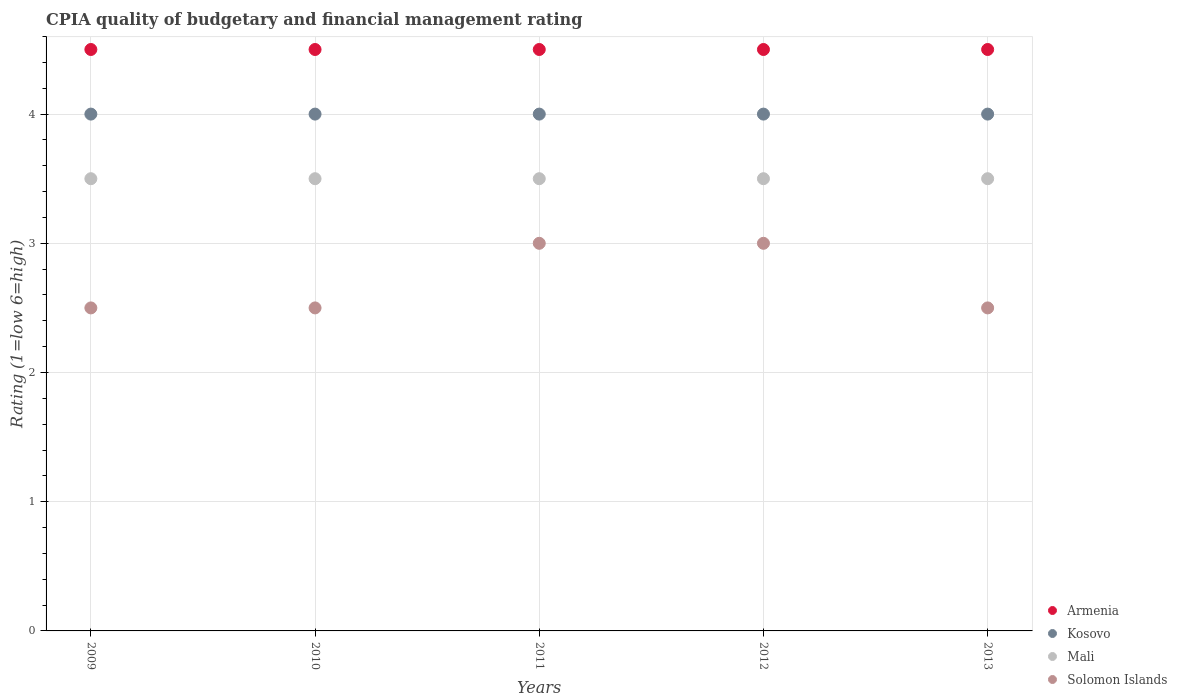
| Years | Armenia | Kosovo | Mali | Solomon Islands |
 | --- | --- | --- | --- | --- |
 | 2009 | 4.5 | 4 | 3.5 | 2.5 |
 | 2010 | 4.5 | 4 | 3.5 | 2.5 |
 | 2011 | 4.5 | 4 | 3.5 | 3 |
 | 2012 | 4.5 | 4 | 3.5 | 3 |
 | 2013 | 4.5 | 4 | 3.5 | 2.5 |